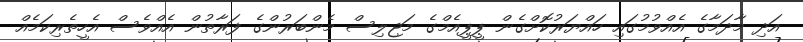
އަދި މާދަމާގެ އެއްވުމުގައި ހައްޔަރުކޮށްގެން ޕީޕީއެމްގެ މަޖިލިސް މެންބަރުންގެ ފަރާތުން އެއްވެސް އެހީތެރިކަމެއް